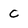
Character: C